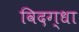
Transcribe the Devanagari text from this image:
विदग्धा